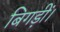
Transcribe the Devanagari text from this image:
बिगड़ीं।